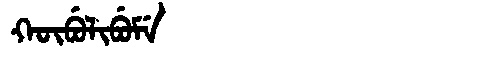
Manchu: ᡴᡡᠪᡠᠯᡳᠪᡠᠮᡝ
Romanization: KŪBULIBUME